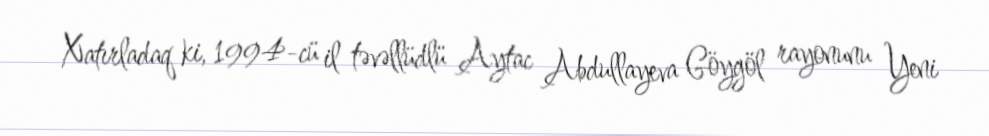
Xatırladaq ki, 1994-cü il təvəllüdlü Aytac Abdullayeva Göygöl rayonunu Yeni